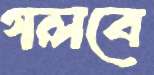
গলবে